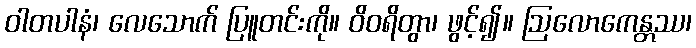
ဝါတပါနံ၊ လေသောက် ပြူတင်းကို။ ဝိဝရိတွာ၊ ဖွင့်၍။ ဩလောကေန္တဿ၊